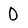
Character: 0